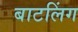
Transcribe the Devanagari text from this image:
बाटलिंग